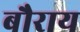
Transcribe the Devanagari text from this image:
बौराय